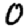
Digit: 0